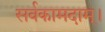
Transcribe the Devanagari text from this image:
सर्वकामदाम्‌।